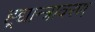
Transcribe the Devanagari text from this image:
ह्र्द्यान्त्रावरण